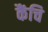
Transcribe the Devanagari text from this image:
कैंचि